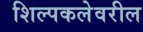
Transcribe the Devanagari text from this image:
शिल्पकलेवरील